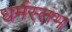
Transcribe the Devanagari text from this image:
धर्मस्तंभ